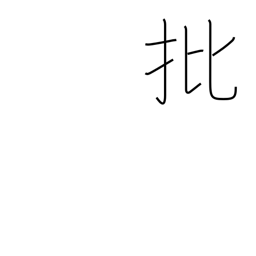
Meaning: criticism